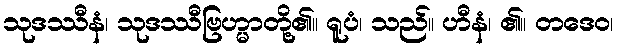
သုဒဿီနံ၊ သုဒဿီဗြဟ္မာတို့၏။ ရူပံ၊ သည်။ ဟီနံ၊ ၏။ တဒေဝ၊